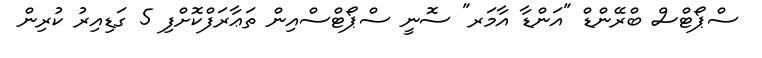
ސްޕޯޓްސް ބްރޭންޑް "އަންޑާ އާމަރ" ސޮނީ ސްޕޯޓްސްއިން ތަޢާރަފްކޮށްފި 5 ގަޑިއިރު ކުރިން